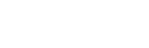
တာဝန်ယူထားပြီး